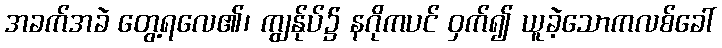
အခက်အခဲ တွေ့ရလေ၏၊ ကျွန်ုပ်၌ နဂိုကပင် ဝှက်၍ ယူခဲ့သောကလစ်ခေါ်